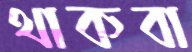
থাকবা